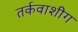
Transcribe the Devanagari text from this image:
तर्कवाशीग